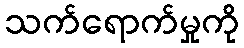
သက်ရောက်မှုကို